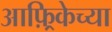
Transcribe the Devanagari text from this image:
आफ़्रिकेच्या